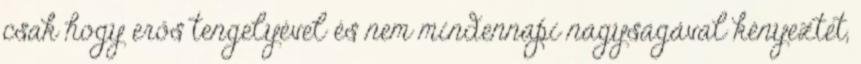
csak hogy erős tengelyével és nem mindennapi nagyságával kényeztet,